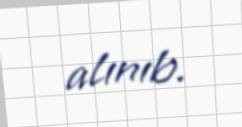
alınıb.